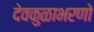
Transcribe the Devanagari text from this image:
देवकुळाभरणो